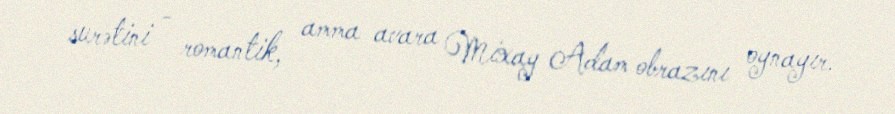
surətini - romantik, amma avara Mixay Adam obrazını oynayır.